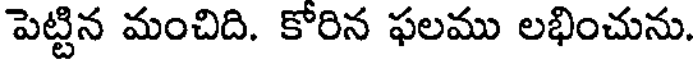
పెట్టిన మంచిది. కోరిన ఫలము లభించును.